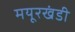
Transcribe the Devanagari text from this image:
मयूरखंडी